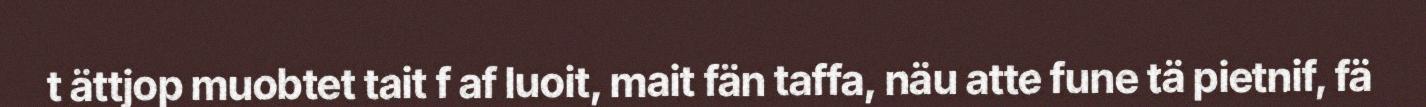
t ättjop muobtet tait f af luoit, mait fän taffa, näu atte fune tä pietnif, fä